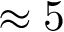
\approx 5